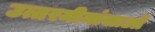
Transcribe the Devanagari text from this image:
उत्तरमीमांसाओं